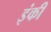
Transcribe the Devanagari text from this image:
इंकी